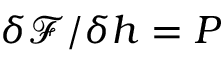
\delta \mathcal { F } / \delta h = P